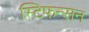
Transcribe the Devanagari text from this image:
स्टिफन्सन